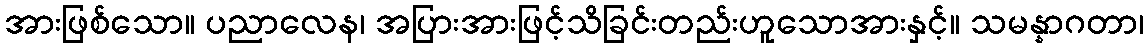
အားဖြစ်သော။ ပညာလေန၊ အပြားအားဖြင့်သိခြင်းတည်းဟူသောအားနှင့်။ သမန္နာဂတာ၊